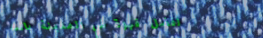
أفضل قهوة في المدينة بانت